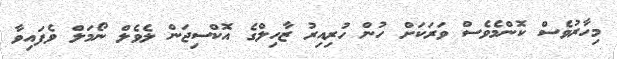
މިހާރުވެސް ކޮންމެވެސް ވަރަކަށް ހުން ހުރިއިރު ޒާހިލްގެ އޮކްސިޖަން ލެވެލް ނޯމަލް ވެފައިވާ